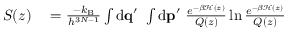
\begin{array} { r l } { S ( z ) } & { { } = \frac { - \ensuremath { k _ { \mathrm { B } } } } { h ^ { 3 N - 1 } } \int \ensuremath { \mathrm { d } } \ensuremath { \mathbf { q } } ^ { \prime } \ \int \ensuremath { \mathrm { d } } \ensuremath { \mathbf { p } } ^ { \prime } \ \frac { e ^ { - \beta \mathcal { H } ( z ) } } { Q ( z ) } \ln \frac { e ^ { - \beta \mathcal { H } ( z ) } } { Q ( z ) } } \end{array}